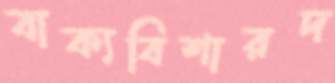
বাক্যবিশারদ